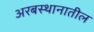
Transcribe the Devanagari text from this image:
अरबस्थानातील